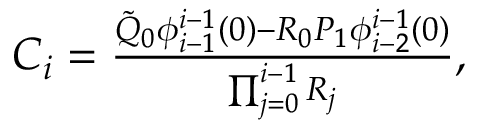
\begin{array} { r } { C _ { i } = \frac { \tilde { Q } _ { 0 } \phi _ { i - 1 } ^ { i - 1 } ( 0 ) - R _ { 0 } P _ { 1 } \phi _ { i - 2 } ^ { i - 1 } ( 0 ) } { \prod _ { j = 0 } ^ { i - 1 } R _ { j } } , } \end{array}